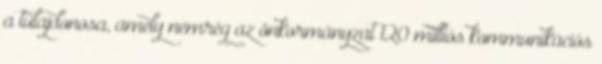
a tulajdonosa, amely nemrég az önkormányzat 120 milliós kommunikációs